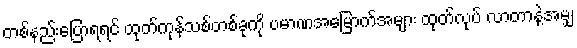
တစ်နည်းပြောရရင် ထုတ်ကုန်သစ်တစ်ခုကို ပမာဏအမြောက်အများ ထုတ်လုပ် လာတာနဲ့အမျှ